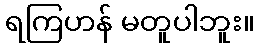
ရကြဟန် မတူပါဘူး။